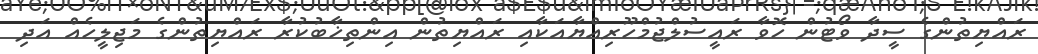
ރައްޔިތުންގެ ސީދާ ވޯޓުން ހޮވާ ރައީސުލްޖުމްހޫރިއްޔާއަކާއި ރައްޔިތުން އިންތިޚާބުކުރާ ރައްޔިތުންގެ މަޖިލީހެއް އަދި